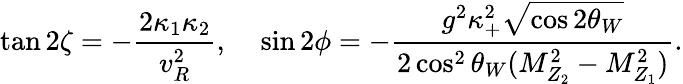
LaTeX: \tan{2\zeta}=-\frac{2\kappa_{1}\kappa_{2}}{v_{R}^{2}},\; \; \; \; \sin{2\phi}=-\frac{g^{2}\kappa_{+}^{2}\sqrt{\cos{2\theta_{W}}}}{2\cos^{2}{\theta_{W}}(M_{Z_{2}}^{2}-M_{Z_{1}}^{2})}.